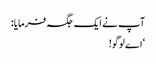
آپ نے ایک جگہ فرمایا:
‘اے لوگو!